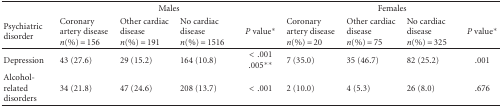
<table><thead><tr><td></td><td colspan="4"><b>Males</b></td><td colspan="4"><b>Females</b></td></tr><tr><td><b>Psychiatric disorder</b></td><td><b>Coronary artery disease <i>n</i>(%) = 156</b></td><td><b>Other cardiac disease <i>n</i>(%) = 191</b></td><td><b>No cardiac disease <i>n</i>(%) = 1516</b></td><td><b><i>P</i> value*</b></td><td><b>Coronary artery disease <i>n</i>(%) = 20</b></td><td><b>Other cardiac disease <i>n</i>(%) = 75</b></td><td><b>No cardiac disease <i>n</i>(%) = 325</b></td><td><b><i>P</i> value*</b></td></tr></thead><tbody><tr><td>Depression</td><td>43 (27.6)</td><td>29 (15.2)</td><td>164 (10.8)</td><td>&lt; .001.005**</td><td>7 (35.0)</td><td>35 (46.7)</td><td>82 (25.2)</td><td>.001</td></tr><tr><td>Alcohol-related disorders</td><td>34 (21.8)</td><td>47 (24.6)</td><td>208 (13.7)</td><td>&lt; .001</td><td>2 (10.0)</td><td>4 (5.3)</td><td>26 (8.0)</td><td>.676</td></tr></tbody></table>